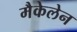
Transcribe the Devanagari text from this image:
मैकेलेन